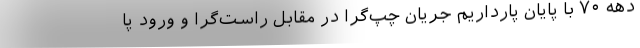
دهه ۷۰ با پایان پارداریم جریان چپ‌گرا در مقابل راست‌گرا و ورود پا